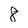
Character: 8